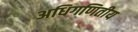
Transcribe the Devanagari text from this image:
अधिगणितीय